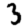
Digit: 3